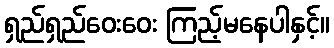
ရှည်ရှည်ဝေးဝေး ကြည့်မနေပါနှင့်။